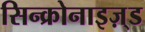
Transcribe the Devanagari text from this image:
सिन्क्रोनाइज़्ड